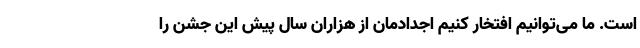
است. ما می‌توانیم افتخار کنیم اجدادمان از هزاران سال پیش این جشن را